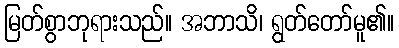
မြတ်စွာဘုရားသည်။ အဘာသိ၊ ရွတ်တော်မူ၏။